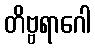
တိဗ္ဗရာဂေါ